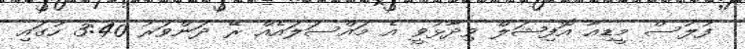
ފުލުސް މީޑިއާ އޮފިޝަލް ވިދާޅުވީ އެ މައްސަލައެއް ރޭ ދަންވަރު 3:40 ހުގައި